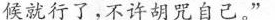
候就行了，不许胡咒自己。”